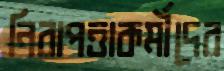
নিরাপত্তাকর্মীদের